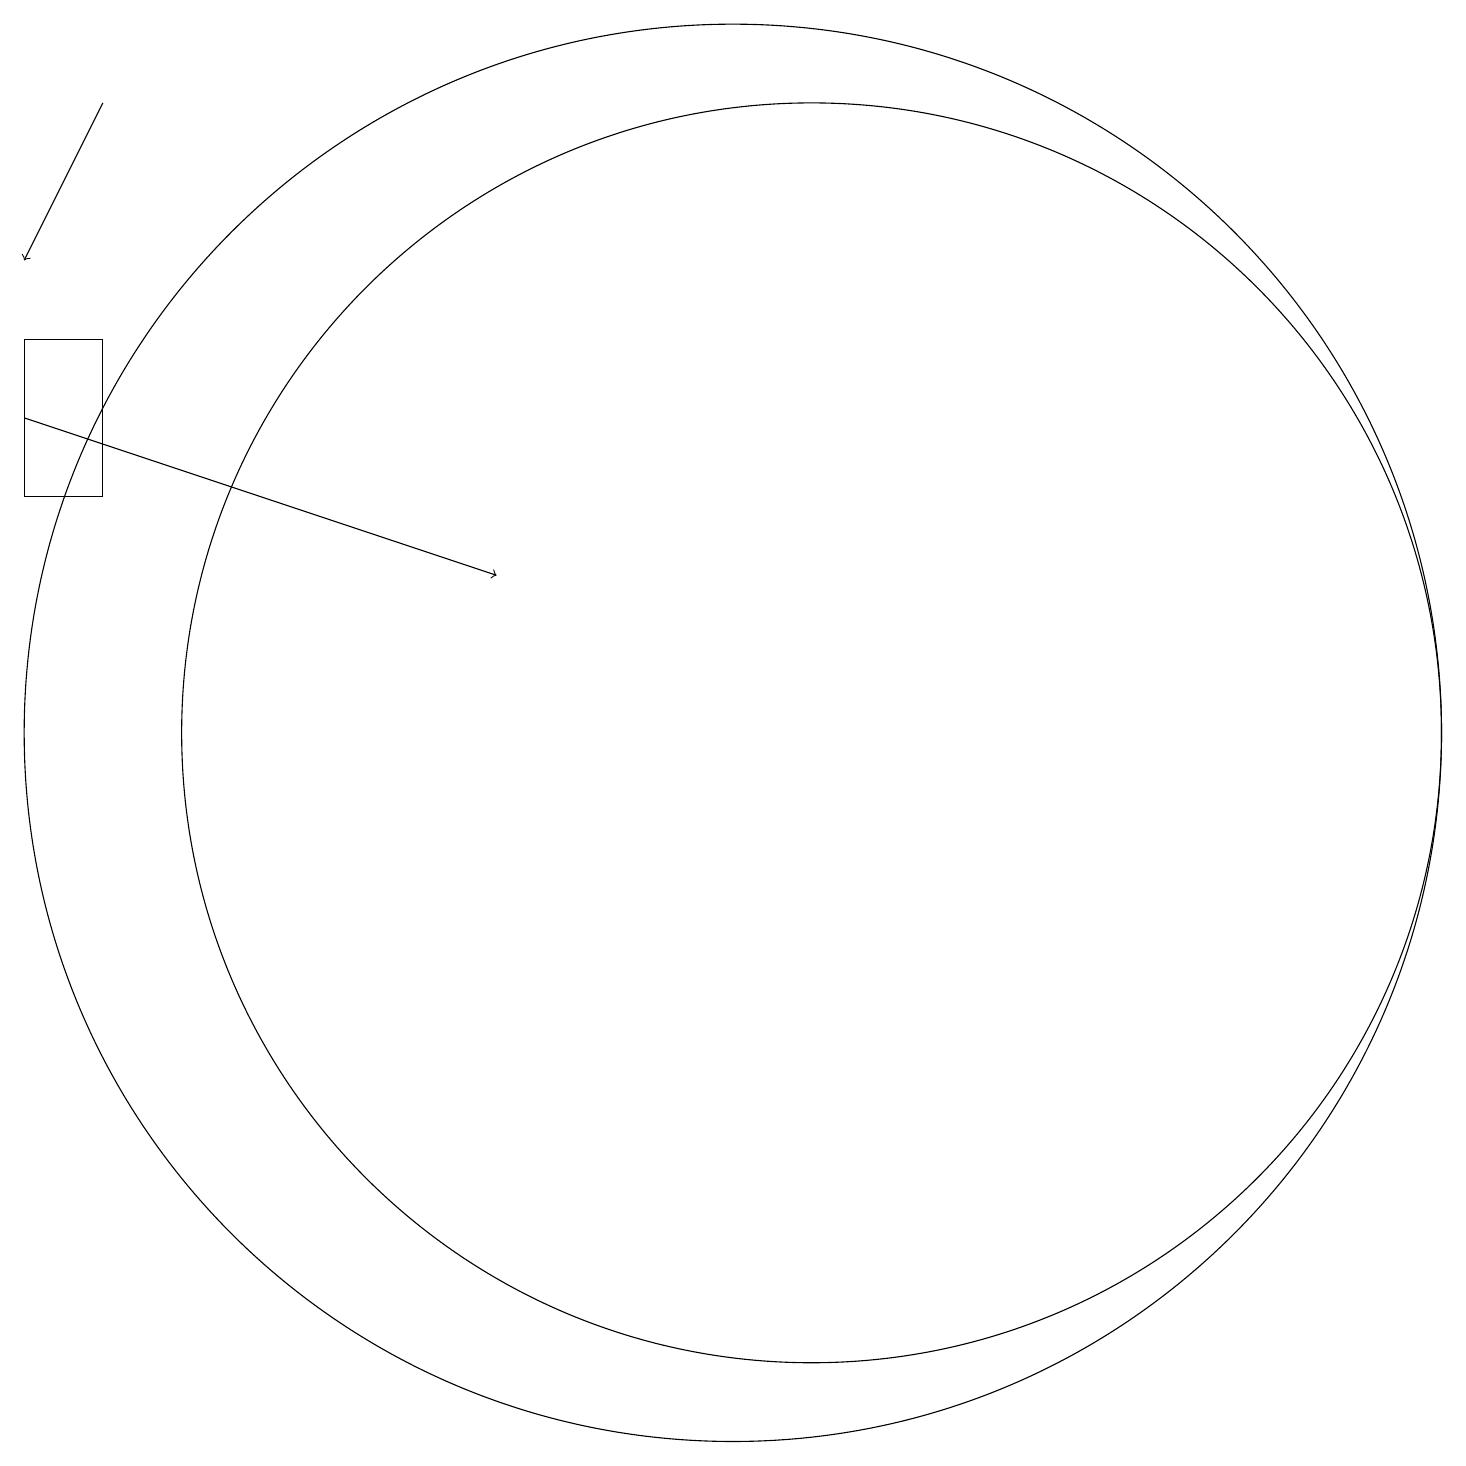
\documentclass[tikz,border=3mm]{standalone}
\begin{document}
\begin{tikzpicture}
\draw (11,11) circle (8);
\draw[->] (1,15) -- (7,13);
\draw (1,16) rectangle (2,14);
\draw[->] (2,19) -- (1,17);
\draw (10,11) circle (9);
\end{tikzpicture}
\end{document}